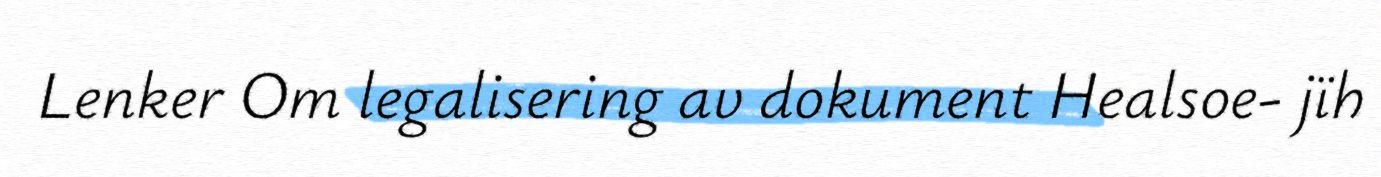
Lenker Om legalisering av dokument Healsoe- jïh